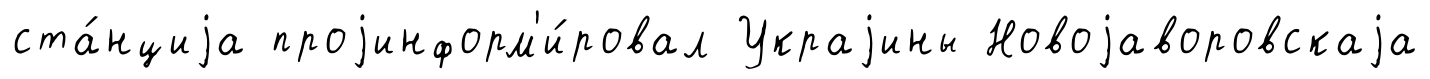
ста́нциjа проjинформ'и́ровал Украjины Новоjаворовскаjа